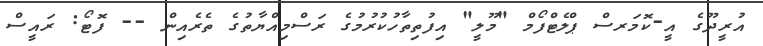
އުރީދޫގެ އީ-ކޮމަރސް ޕްލެޓްފޯމް "މޫލީ" އިފުތިތާހުކުރުމުގެ ރަސްމިއްޔާތުގެ ތެރެއިން -- ފޮޓޯ: ރައީސް